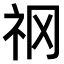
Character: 𥘝